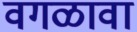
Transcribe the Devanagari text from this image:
वगळावा